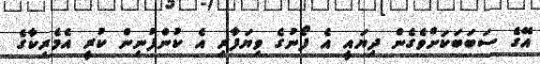
އޭގެ ސަބަބަކަށްވެގެން ދިޔައީ އެ ފޯނުގެ ވިޔަފާރި އެ ކުންފުނިން ކުރީ އެމެރިކާގެ